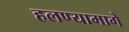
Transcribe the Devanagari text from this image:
हलण्यामागे